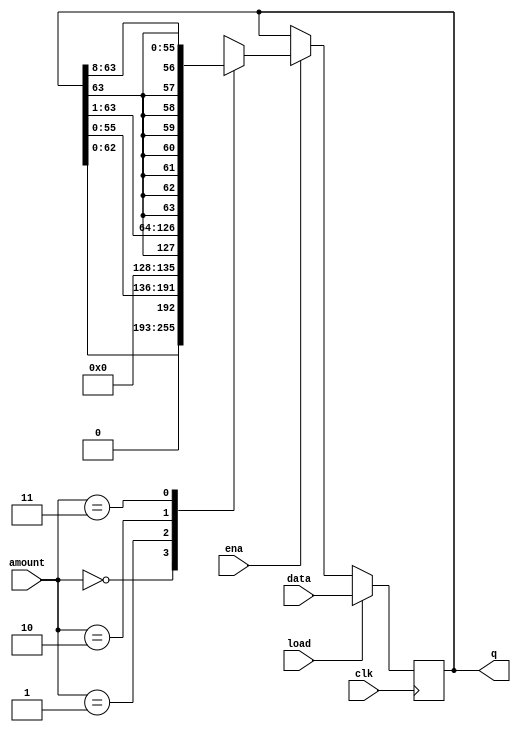
module top_module(
    input clk,
    input load,
    input ena,
    input [1:0] amount,
    input [63:0] data,
    output reg [63:0] q); 
    always @(posedge clk) begin
        if(load)  q<=data;
        else if(ena) begin
            case (amount)
                2'b00: q<={q[62:0],1'b0};
                2'b01: q<={q[55:0],8'b0};
                2'b10: q<={q[63],q[63:1]};
                2'b11: q<={{8{q[63]}},q[63:8]};
                default: q<=q;
            endcase
        end
        else q<=q;
    end
        
endmodule